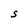
Character: S